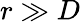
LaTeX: r\gg D